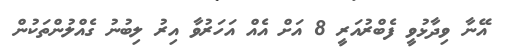
އޭނާ ވިދާޅުވީ ފެބްރުއަރީ 8 އަށް އެއް އަހަރުވާ އިރު ލިބުނު ގެއްލުންތަކުން